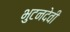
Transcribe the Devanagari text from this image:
भुटनदेवी